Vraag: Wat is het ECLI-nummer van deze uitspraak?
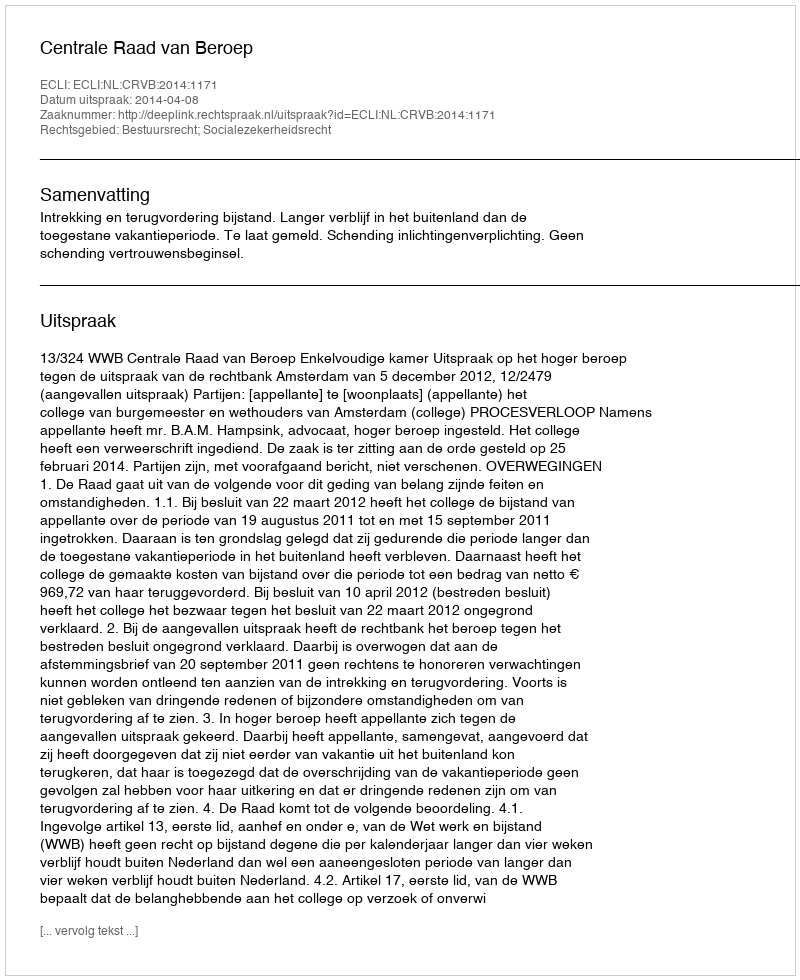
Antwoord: ECLI:NL:CRVB:2014:1171